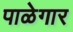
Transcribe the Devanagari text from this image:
पाळेगार